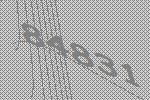
84831